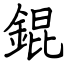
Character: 錕